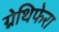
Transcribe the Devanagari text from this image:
ग्नेथिफेरा